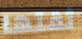
ثقتها